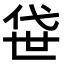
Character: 𫢫